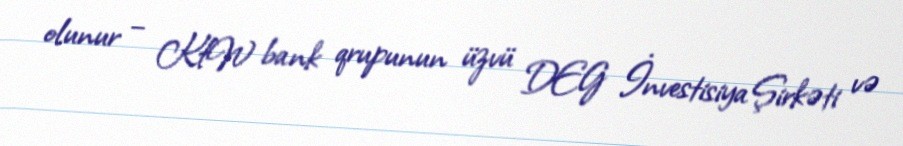
olunur – KfW bank qrupunun üzvü DEG İnvestisiya Şirkəti və